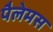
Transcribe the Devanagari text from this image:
पैलेमस